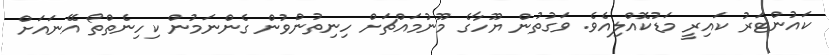
ކައުންޓަރު ކައިރީ މަޑުކޮއްލިއެވެ. ވަގުތުން ޔޫހާގެ މޫނުމައްޗަށް ހިނިތުންވުން ގެންނަމުން ކިހިނެތްތޯ އޭނައަށް